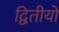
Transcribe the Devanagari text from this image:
द्वितीयो